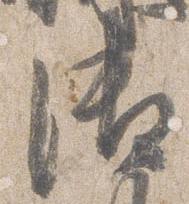
御